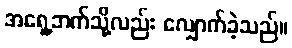
အရှေ့ဘက်သို့လည်း လျှောက်ခဲ့သည်။